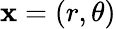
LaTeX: \mathbf{x}=(r,\theta)